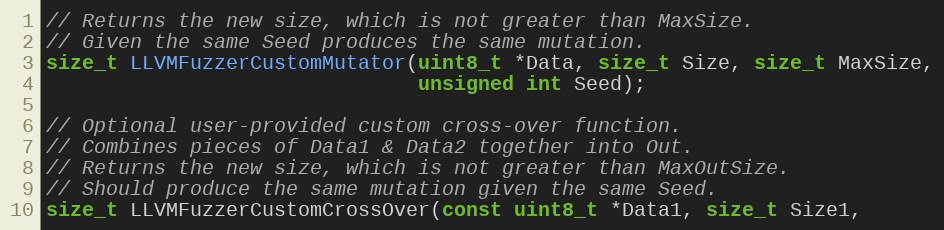
Language: C
// Returns the new size, which is not greater than MaxSize.
// Given the same Seed produces the same mutation.
size_t LLVMFuzzerCustomMutator(uint8_t *Data, size_t Size, size_t MaxSize,
                               unsigned int Seed);

// Optional user-provided custom cross-over function.
// Combines pieces of Data1 & Data2 together into Out.
// Returns the new size, which is not greater than MaxOutSize.
// Should produce the same mutation given the same Seed.
size_t LLVMFuzzerCustomCrossOver(const uint8_t *Data1, size_t Size1,